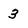
Character: 3